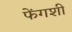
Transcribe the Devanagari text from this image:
फेंगशी